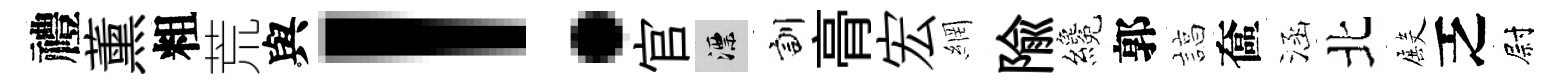
禮薰粗荒與！官漂訓𮌔宏網隃纔郭諄奩涵北殿乏尉